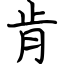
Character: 肯